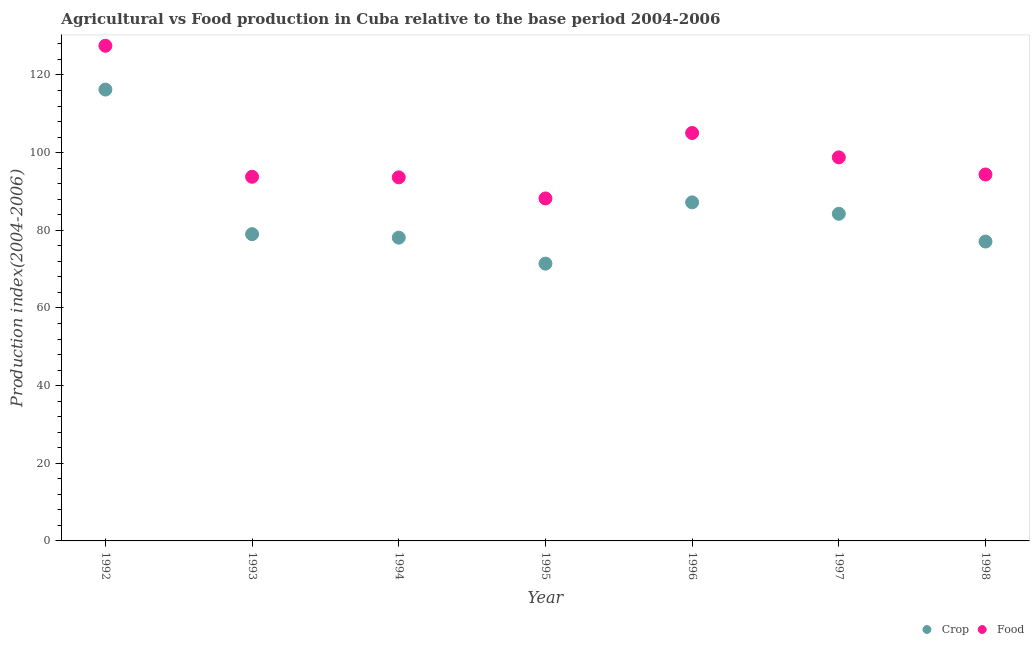
| Year | Crop | Food |
 | --- | --- | --- |
 | 1992 | 116 | 128 |
 | 1993 | 79 | 93.8 |
 | 1994 | 78.1 | 93.6 |
 | 1995 | 71.4 | 88.2 |
 | 1996 | 87.2 | 105 |
 | 1997 | 84.2 | 98.8 |
 | 1998 | 77.1 | 94.4 |